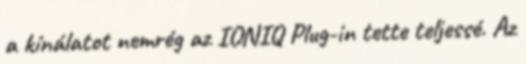
a kínálatot nemrég az IONIQ Plug-in tette teljessé. Az